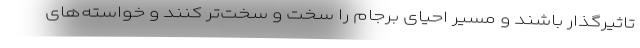
تاثیرگذار باشند و مسیر احیای برجام را سخت و سخت‌تر کنند و خواسته‌های